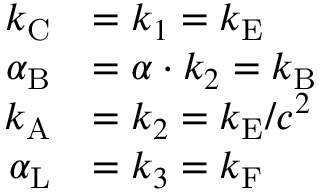
{ \begin{array} { r l } { k _ { \mathrm { { C } } } } & { = k _ { 1 } = k _ { \mathrm { { E } } } } \\ { \alpha _ { \mathrm { { B } } } } & { = \alpha \cdot k _ { 2 } = k _ { \mathrm { { B } } } } \\ { k _ { \mathrm { { A } } } } & { = k _ { 2 } = k _ { \mathrm { { E } } } / c ^ { 2 } } \\ { \alpha _ { \mathrm { { L } } } } & { = k _ { 3 } = k _ { \mathrm { { F } } } } \end{array} }